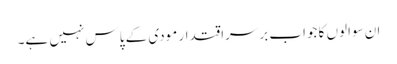
ان سوالوں کا جواب برسراقتدار مودی کے پاس نہیں ہے۔